Report of the King Institute of Preventive Medicine, Guindy
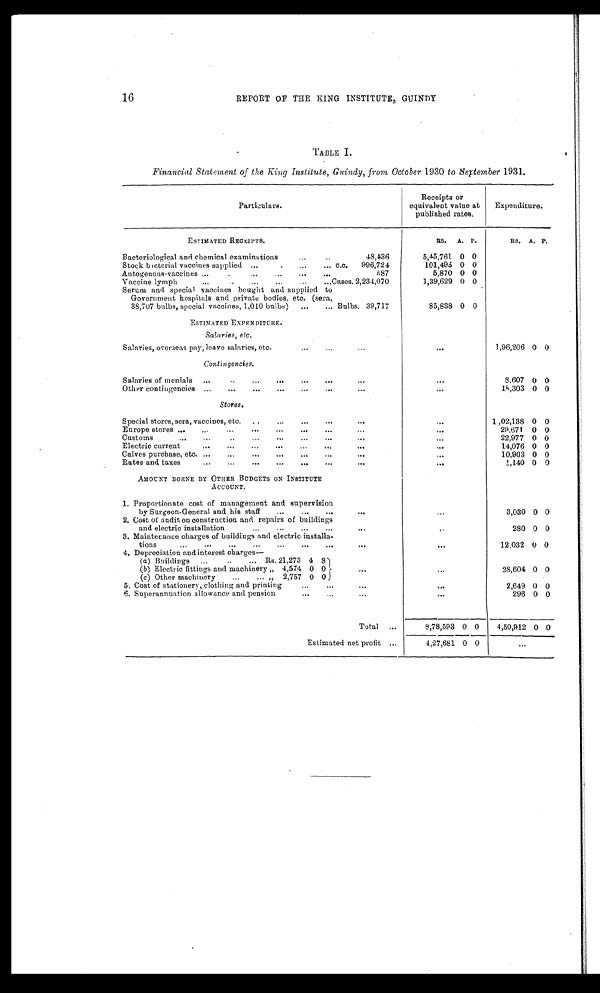
16
REPORT OF THE KING INSTITUTE, GUINDY
TABLE I.
Financial Statement of the King Institute, Guindy, from October 1930 to September 1931.
Receipts or
equivalent value at
published rates.
Expenditure.
RS. A. P.
RS. A.
P.
Bacteriological and chemical examinations
48,436
5,45,761
0 0
Stock b[ILL]cterial vaccines supplied c.c.
996,724
101,495 0 0
Antogenous-vaccines
587
5,870
0 0
Vaccine lymph Cases. 2,234,070
1,39,629 0 0
Salaries, overseas pay, leave salaries, etc.
1,96,206 0 0
Salaries of menials
8,607 0 0
Other contingencies
18,303 0 0
Stores .
Special stores, sera, vaccines, etc.
1,02,138 0 0
Europe stores
29,671 0 0
Customs
22,977 0 0
Electric current
14,076
0 0
Calves purchase, etc.
10,903 0 0
Rates and taxes
1,140 0 0
2. Cost of audit, on construction and repairs of buildings
and electric installation
280 0 0
3. Maintenance charges of buildings and electric installa
¬tions
12,032 0 0
4. Depreciation and interest charges
-
(a) Buildings Rs. 21,273 4 8
(b) Electric fittings and machinery „ 4,574 0 0
28,604 0 0
(c ) Other machinery „ 2,757 0 0
5. Cost of stationery, clothing and printing
2,649 0 0
6. Superannuation allowance and pension
296 0 0